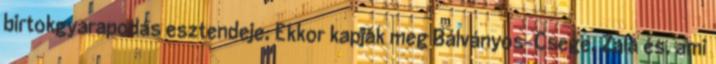
birtokgyarapodás esztendeje. Ekkor kapják meg Bálványos-Csege, Zala és, ami